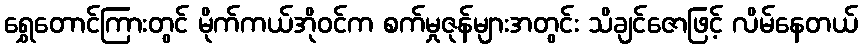
ရွှေတောင်ကြားတွင် မိုက်ကယ်အိုဝင်က စက်မှုဇုန်များအတွင်း သိချင်ဇောဖြင့် လိမ်နေတယ်